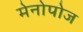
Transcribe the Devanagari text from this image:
मेनोपोज